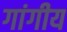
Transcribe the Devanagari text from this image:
गांगीय